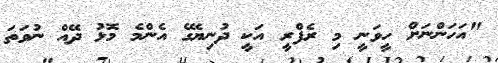
"އަހަންނަށް ހީވަނީ މި ރެފްރީ އަކީ ދުނިޔޭގެ އެންމެ މޮޅު ދޭއް ނުވަތަ